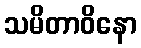
သမိတာဝိနော